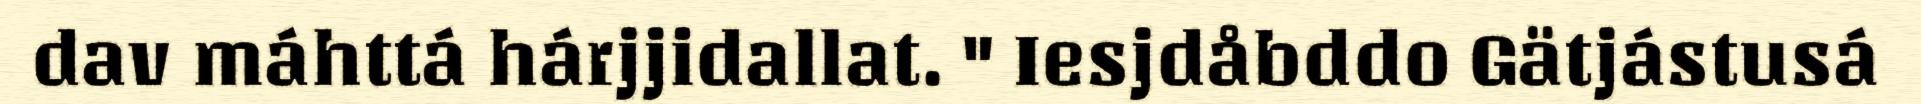
dav máhttá hárjjidallat. " Iesjdåbddo Gätjástusá